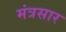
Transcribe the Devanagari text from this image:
मंत्रसार